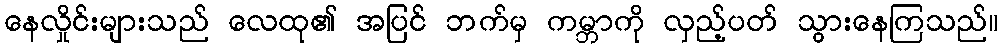
နေလှိုင်းများသည် လေထု၏ အပြင် ဘက်မှ ကမ္ဘာကို လှည့်ပတ် သွားနေကြသည်။